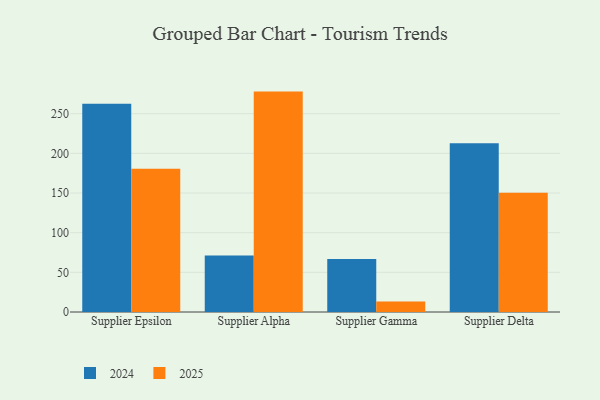
{"axis": {"x": "Supplier", "y": "Headcount"}, "legend": ["2024", "2025"], "data": [{"x": "Supplier Epsilon", "y": 262.6, "type": "2024"}, {"x": "Supplier Epsilon", "y": 180.4, "type": "2025"}, {"x": "Supplier Alpha", "y": 71.3, "type": "2024"}, {"x": "Supplier Alpha", "y": 277.8, "type": "2025"}, {"x": "Supplier Gamma", "y": 66.7, "type": "2024"}, {"x": "Supplier Gamma", "y": 13.1, "type": "2025"}, {"x": "Supplier Delta", "y": 212.7, "type": "2024"}, {"x": "Supplier Delta", "y": 150.2, "type": "2025"}]}